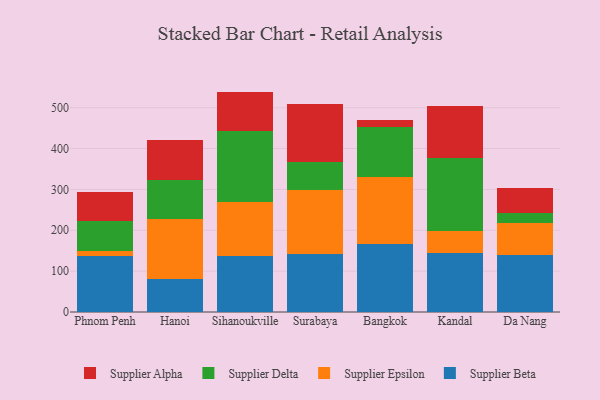
{"axis": {"x": "City", "y": "Revenue (USD Million)"}, "legend": ["Supplier Alpha", "Supplier Beta", "Supplier Delta", "Supplier Epsilon"], "data": [{"x": "Phnom Penh", "y": 137.8, "type": "Supplier Beta"}, {"x": "Phnom Penh", "y": 11.3, "type": "Supplier Epsilon"}, {"x": "Phnom Penh", "y": 73.4, "type": "Supplier Delta"}, {"x": "Phnom Penh", "y": 70.6, "type": "Supplier Alpha"}, {"x": "Hanoi", "y": 80.1, "type": "Supplier Beta"}, {"x": "Hanoi", "y": 148.3, "type": "Supplier Epsilon"}, {"x": "Hanoi", "y": 94.1, "type": "Supplier Delta"}, {"x": "Hanoi", "y": 97.9, "type": "Supplier Alpha"}, {"x": "Sihanoukville", "y": 136.0, "type": "Supplier Beta"}, {"x": "Sihanoukville", "y": 133.5, "type": "Supplier Epsilon"}, {"x": "Sihanoukville", "y": 173.9, "type": "Supplier Delta"}, {"x": "Sihanoukville", "y": 96.0, "type": "Supplier Alpha"}, {"x": "Surabaya", "y": 141.8, "type": "Supplier Beta"}, {"x": "Surabaya", "y": 156.8, "type": "Supplier Epsilon"}, {"x": "Surabaya", "y": 69.1, "type": "Supplier Delta"}, {"x": "Surabaya", "y": 141.0, "type": "Supplier Alpha"}, {"x": "Bangkok", "y": 167.4, "type": "Supplier Beta"}, {"x": "Bangkok", "y": 162.5, "type": "Supplier Epsilon"}, {"x": "Bangkok", "y": 122.4, "type": "Supplier Delta"}, {"x": "Bangkok", "y": 16.6, "type": "Supplier Alpha"}, {"x": "Kandal", "y": 145.2, "type": "Supplier Beta"}, {"x": "Kandal", "y": 53.0, "type": "Supplier Epsilon"}, {"x": "Kandal", "y": 179.8, "type": "Supplier Delta"}, {"x": "Kandal", "y": 126.2, "type": "Supplier Alpha"}, {"x": "Da Nang", "y": 140.0, "type": "Supplier Beta"}, {"x": "Da Nang", "y": 77.6, "type": "Supplier Epsilon"}, {"x": "Da Nang", "y": 24.4, "type": "Supplier Delta"}, {"x": "Da Nang", "y": 62.4, "type": "Supplier Alpha"}]}